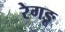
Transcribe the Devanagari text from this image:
रेगङू